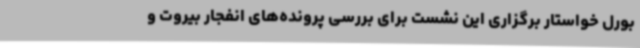
بورل خواستار برگزاری این نشست برای بررسی پرونده‌های انفجار بیروت و